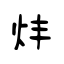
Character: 炐